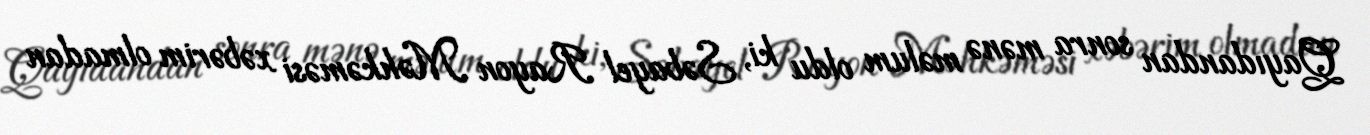
Qayıdandan sonra mənə məlum oldu ki, Səbayel Rayon Məhkəməsi xəbərim olmadan